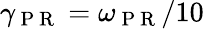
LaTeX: \gamma_{\mathrm{~P~R~}}=\omega_{\mathrm{~P~R~}}/10